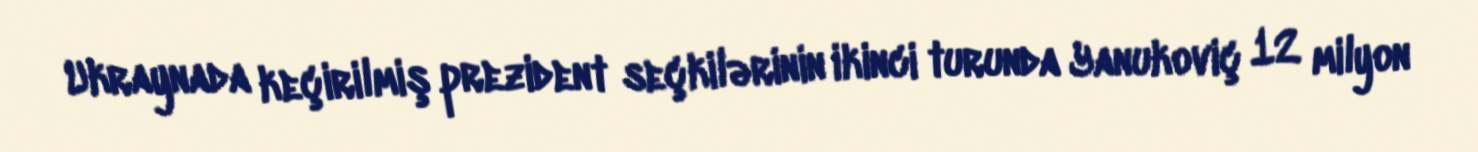
Ukraynada keçirilmiş prezident seçkilərinin ikinci turunda Yanukoviç 12 milyon